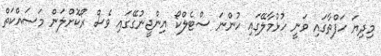
މިދިޔަ ހަފްތާގައި ވަނީ ހުޅުމާލޭގައި ހުންނަ ސްޓެލްކޯ އިންޖީނުގޭގައި ވެސް ރޯކޮށްލަން މަސައްކަތް